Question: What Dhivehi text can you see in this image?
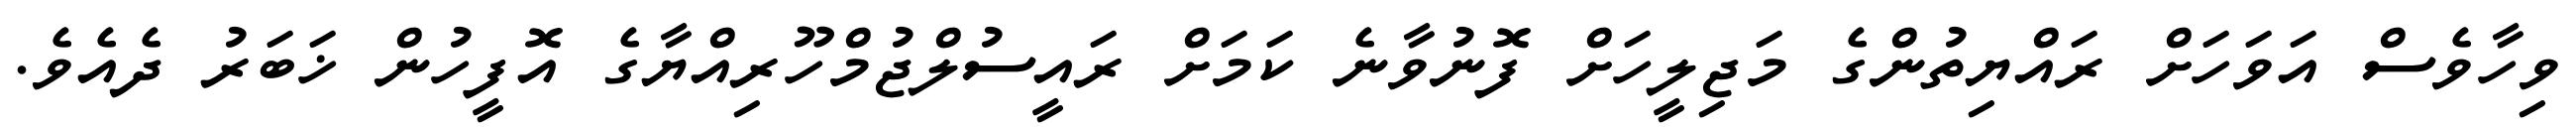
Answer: ވިހާވެސް އަވަހަށް ރައްޔިތުންގެ މަޖިލީހަށް ފޮނުވާނެ ކަމަށް ރައީސުލްޖުމްހޫރިއްޔާގެ އޮފީހުން ޚަބަރު ދެއެވެ.